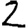
Digit: 2